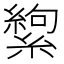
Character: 𬗸